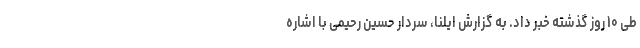
طی ۱۰ روز گذشته خبر داد. به گزارش ایلنا، سردار حسین رحیمی با اشاره